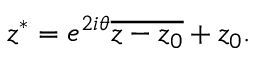
z ^ { * } = e ^ { 2 i \theta } { \overline { { z - z _ { 0 } } } } + z _ { 0 } .